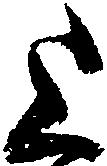
上